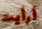
أرأيت